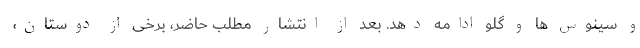
و سینوس ها و گلو ادامه دهد. بعد از انتشار مطلب حاضر، برخی از دوستان،